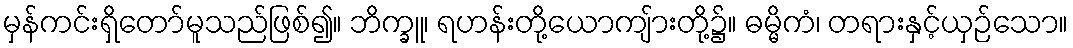
မှန်ကင်းရှိတော်မူသည်ဖြစ်၍။ ဘိက္ခူ၊ ရဟန်းတို့ယောကျ်ားတို့၌။ ဓမ္မိကံ၊ တရားနှင့်ယှဉ်သော။